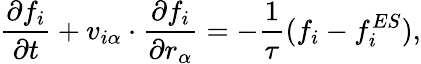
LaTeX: \frac{\partial f_{i}}{\partial t}+v_{i\alpha}\cdot\frac{\partial f_{i}}{\partial r_{\alpha}}=-\frac{1}{\tau}(f_{i}-f_{i}^{ES}),